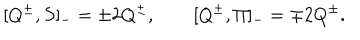
[ Q ^ { \pm } , S ] _ { - } = \pm 2 Q ^ { \pm } , \qquad [ Q ^ { \pm } , \Pi ] _ { - } = \mp 2 Q ^ { \pm } .